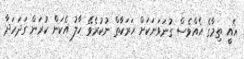
އެއީ ތިމާގެ އެއްވެސް ގުނަވަނަކަށް ހަރަކާތް ނުކުރެވޭ ހާލު އެކަން ކުރަން ގަދަހަދާ